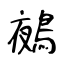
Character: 鵺